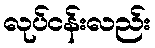
လုပ်ငန်းလည်း